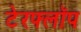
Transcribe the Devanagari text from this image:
टेरफ्लॉप